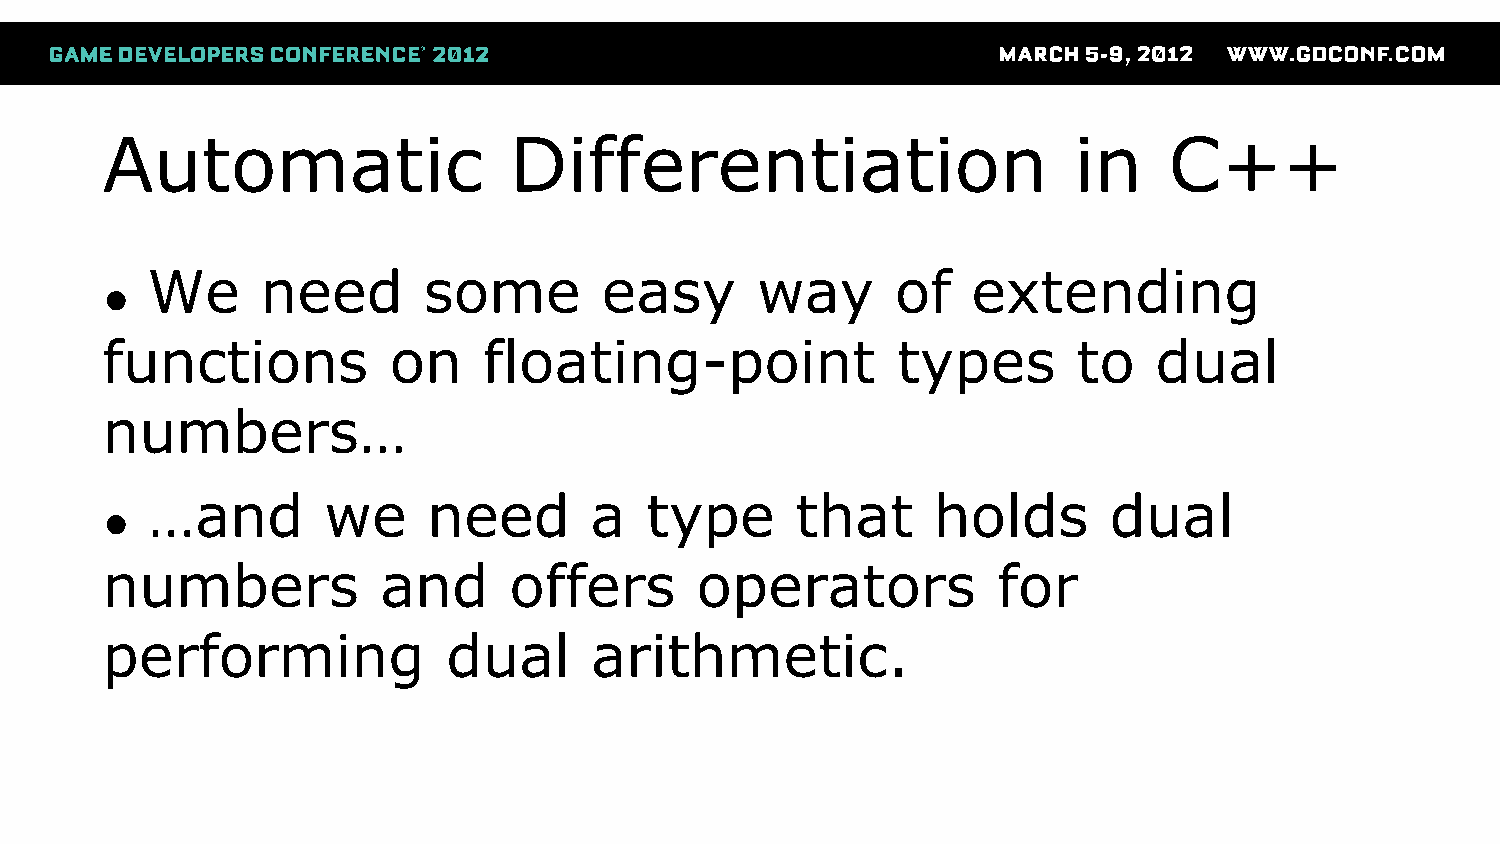
Automatic                  Differentiation                      in    C++
 We     need       some        easy      way      of   extending
 ●
 functions          on    floating-point             types       to   dual
 numbers…
 …and       we     need       a   type      that     holds      dual
 ●
 numbers           and      offers      operators           for
 performing             dual     arithmetic.